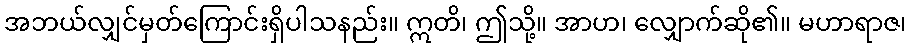
အဘယ်လျှင်မှတ်ကြောင်းရှိပါသနည်း။ ဣတိ၊ ဤသို့။ အာဟ၊ လျှောက်ဆို၏။ မဟာရာဇ၊